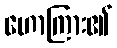
ဟောကြား၏